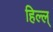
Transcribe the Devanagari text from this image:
हिल्ल्